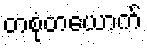
တစုံတယောက်